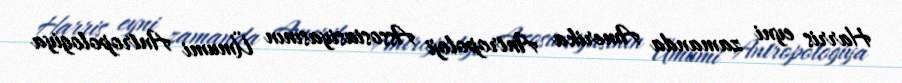
Harris eyni zamanda Amerika Antropoloji Assosiasiyasının Ümumi Antropologiya